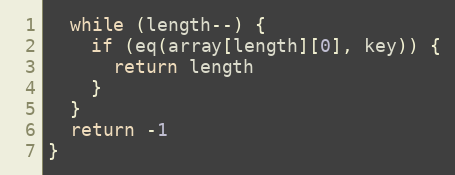
Language: JavaScript
  while (length--) {
    if (eq(array[length][0], key)) {
      return length
    }
  }
  return -1
}